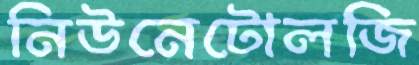
নিউনেটোলজি